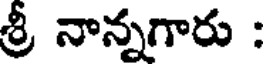
శ్రీ నాన్నగారు :